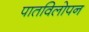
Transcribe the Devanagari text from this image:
पातविलोपन